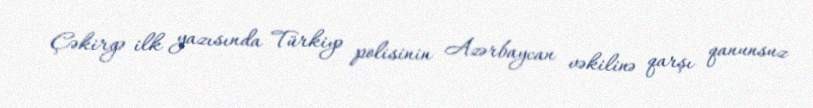
Çəkirgə ilk yazısında Türkiyə polisinin Azərbaycan vəkilinə qarşı qanunsuz